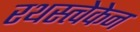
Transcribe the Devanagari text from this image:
रथस्त्वेकेन